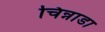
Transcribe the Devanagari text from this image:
चिन्नाडा